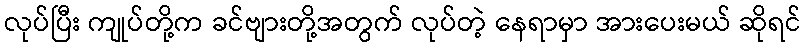
လုပ်ပြီး ကျုပ်တို့က ခင်ဗျားတို့အတွက် လုပ်တဲ့ နေရာမှာ အားပေးမယ် ဆိုရင်